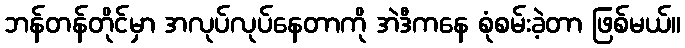
ဘန်တန်တိုင်မှာ အလုပ်လုပ်နေတာကို အဲဒီကနေ စုံစမ်းခဲ့တာ ဖြစ်မယ်။